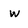
Character: w